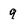
Character: 9